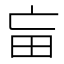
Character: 𤰡